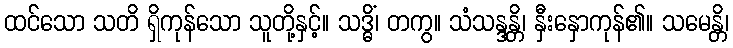
ထင်သော သတိ ရှိကုန်သော သူတို့နှင့်။ သဒ္ဓိံ၊ တကွ။ သံသန္ဒန္တိ၊ နှီးနှောကုန်၏။ သမေန္တိ၊